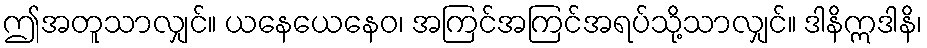
ဤအတူသာလျှင်။ ယနေယေနေဝ၊ အကြင်အကြင်အရပ်သို့သာလျှင်။ ဒါနိဣဒါနိ၊